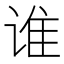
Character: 谁